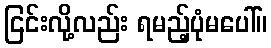
ငြင်းလို့လည်း ရမည့်ပုံမပေါ်။